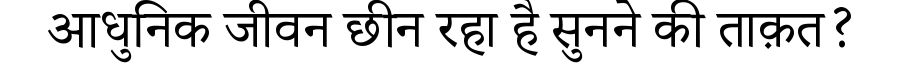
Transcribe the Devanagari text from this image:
आधुनिक जीवन छीन रहा है सुनने की ताक़त?